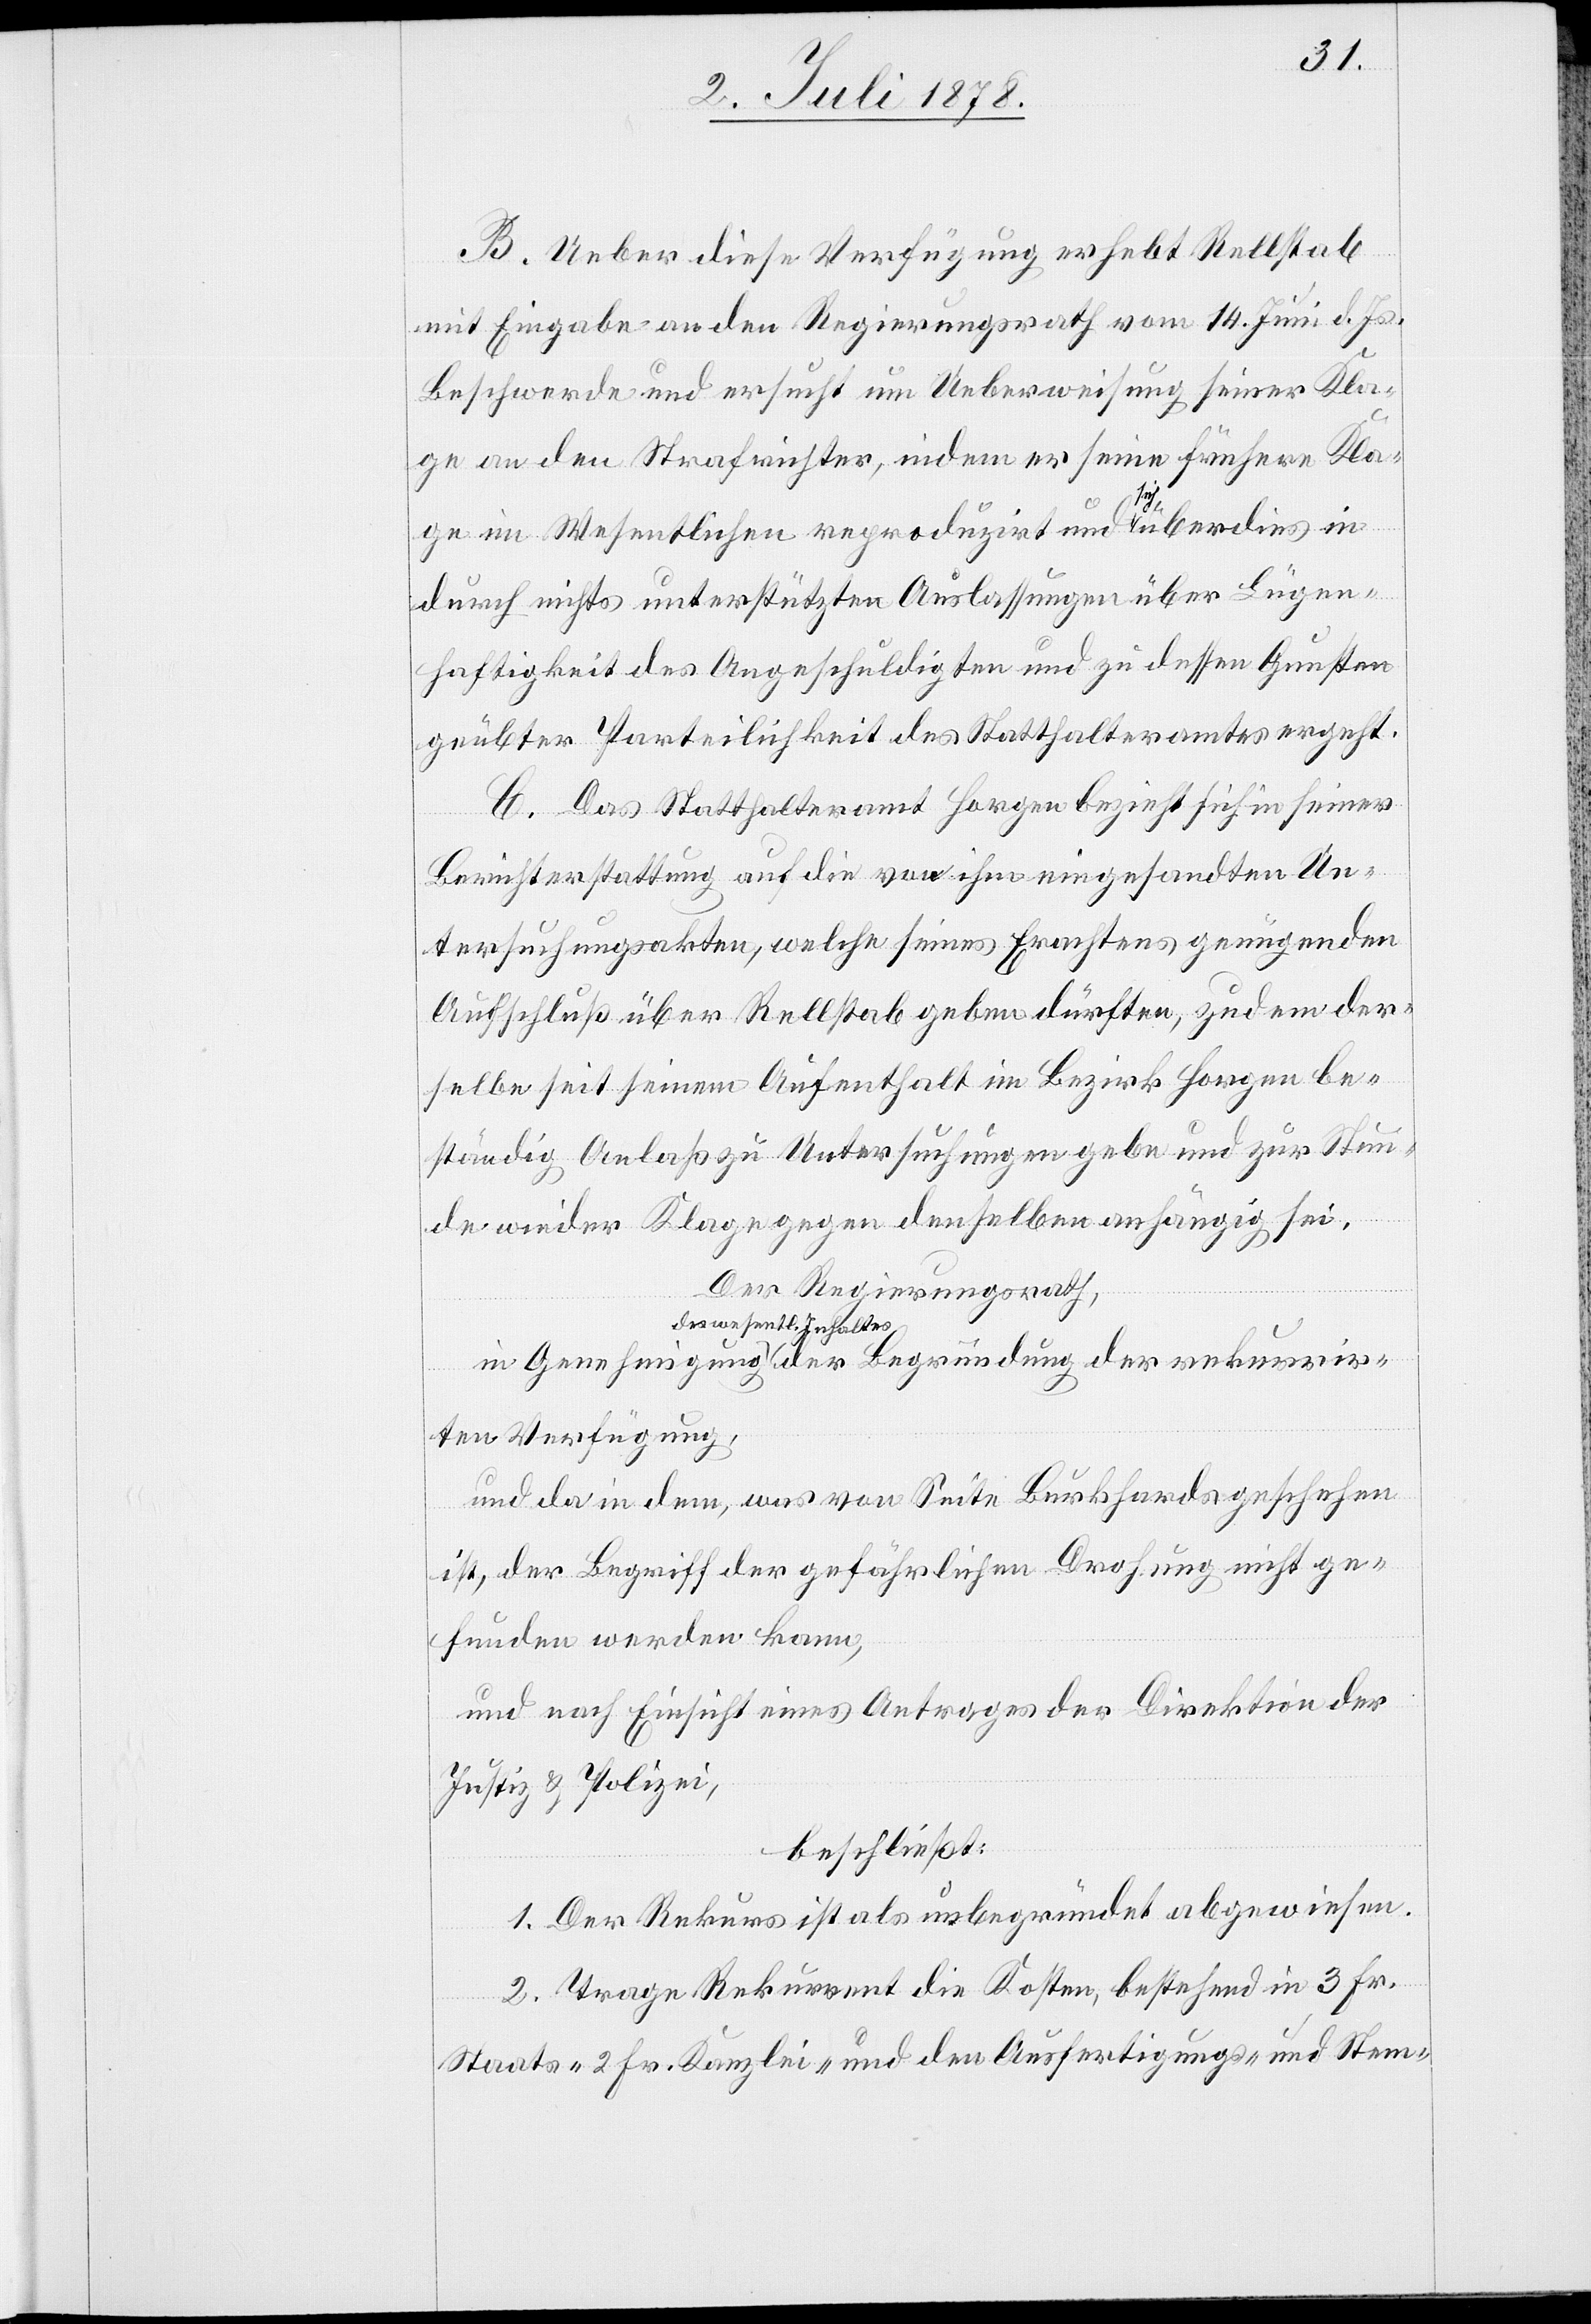
B. Ueber diese Verfügung erhebt Rellstab
mit Eingabe an den Regierungsrath vom 14. Juni d. Js.
Beschwerde und ersucht um Ueberweisung seiner Kla¬
ge an den Strafrichter, indem er seine frühere Kla¬
ge im Wesentlichen reproduzirt und sich überdies in
durch nichts unterstützten Auslassungen über Lügen¬
haftigkeit des Angeschuldigten und zu dessen Gunsten
geübter Parteilichkeit des Statthalteramtes ergeht.
C. Das Statthalteramt Horgen bezieht sich in seiner
Berichterstattung auf die von ihm eingesandten Un¬
tersuchungsakten, welche seines Erachtens genügenden
Aufschluß über Rellstab geben dürften, zudem der¬
selbe seit seinem Aufenthalt im Bezirk Horgen be¬
ständig Anlaß zu Untersuchungen gebe und zur Stun¬
de wieder Klage gegen denselben anhängig sei.
Der Regierungsrath,
a-des wesentl. Inhaltes-a
und da in dem, was von Seite Burkhards geschehen
ist, der Begriff der gefährlichen Drohung nicht ge¬
funden werden kann,
und nach Einsicht eines Antrages der Direktion der
Justiz & Polizei,
beschließt:
1. Der Rekurs ist als unbegründet abgewiesen.
2. Trage Rekurrent die Kosten, bestehend in 3 Fr.
Staats-[,] 2 Fr. Kanzlei- und den Ausfertigungs- und Stem-